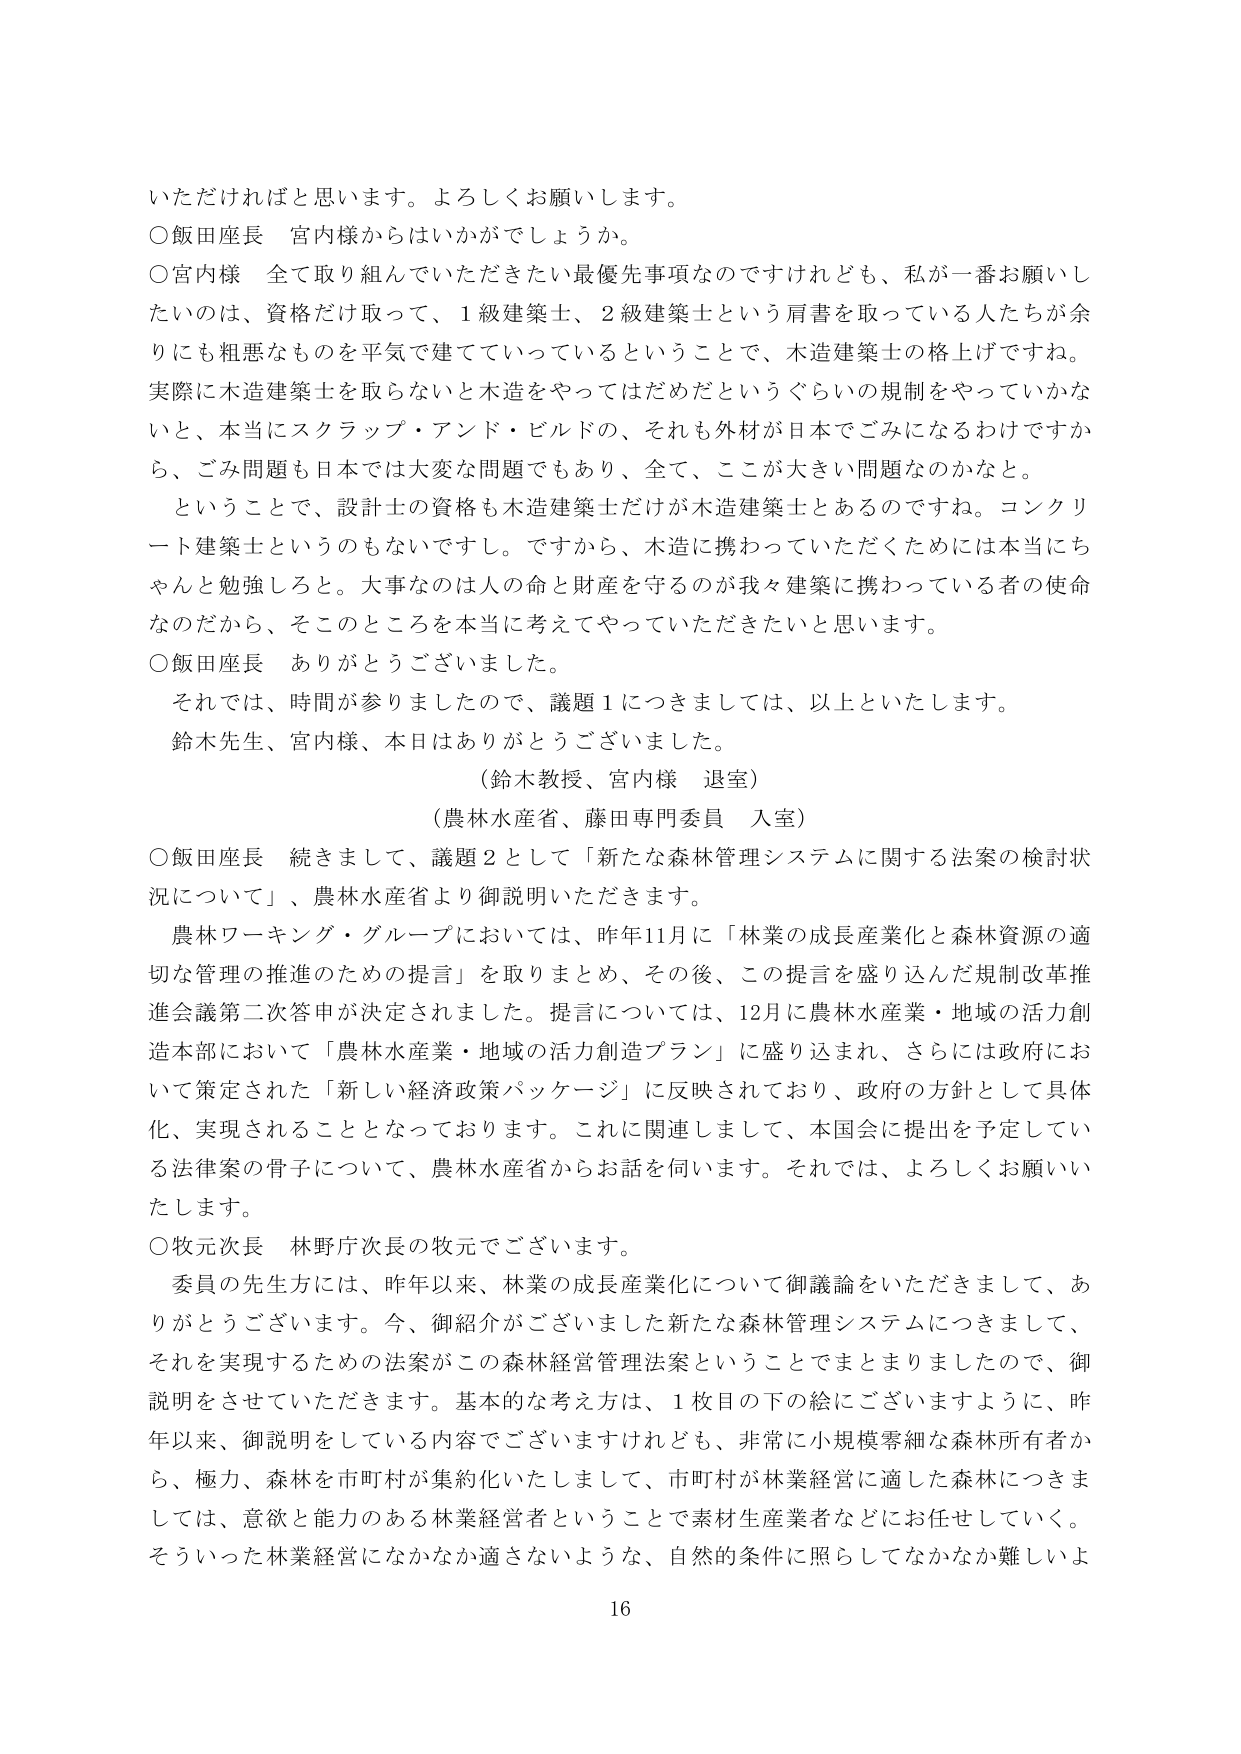
いただければと思います。よろしくお願いします。
○飯田座長　宮内様からはいかがでしょうか。
○宮内様　全て取り組んでいただきたい最優先事項なのですがけれども、私が一番お願いしたいのは、資格だけ取って、1級建築士、2級建築士という肩書を取っている人たちが余りにも粗悪なものを平気で建てていっているということで、木造建築士の格上げですね。実際に木造建築士を取らないと木造をやってはだめだというぐらいの規制をやっていかないと、本当にスクラップ・アンド・ビルドの、それも外材が日本でごみになるわけですから、ごみ問題も日本では大変な問題でもあり、全て、ここが大きい問題なのかなと。
　ということで、設計士の資格も木造建築士だけが木造建築士とあるのですね。コンクリート建築士というのもないですし。ですから、木造に携わっていただくためには本当にちゃんと勉強しろと。大事なのは人の命と財産を守るのが我々建築に携わっている者の使命なのだから、そこのところを本当に考えてやっていただきたいと思います。
○飯田座長　ありがとうございました。
　それでは、時間が参りましたので、議題1につきましては、以上といたします。
　鈴木先生、宮内様、本日はありがとうございました。
　（鈴木教授、宮内様　退室）
　（農林水産省、藤田専門委員　入室）
○飯田座長　続きまして、議題2として「新たな森林管理システムに関する法案の検討状況について」、農林水産省より御説明いただきます。
　農林ワーキング・グループにおいては、昨年11月に「林業の成長産業化と森林資源の適切な管理の推進のための提言」を取りまとめ、その後、この提言を盛り込んだ規制改革推進会議第二次答申が決定されました。提言については、12月に農林水産業・地域の活力創造本部において「農林水産業・地域の活力創造プラン」に盛り込まれ、さらには政府において策定された「新しい経済政策パッケージ」に反映されており、政府の方針として具体化、実現されることとなっております。これに関連しまして、本国会に提出を予定している法律案の骨子について、農林水産省からお話を伺います。それでは、よろしくお願いいたします。
○牧元次長　林野庁次長の牧元でございます。
　委員の先生方には、昨年以来、林業の成長産業化について御議論をいただきまして、ありがとうございます。今、御紹介ございました新たな森林管理システムにつきまして、それを実現するための法案がこの森林経営管理法案ということでまとまりましたので、御説明をさせていただきます。基本的な考え方は、1枚目の下の絵にございますように、昨年以来、御説明をしている内容でございますけれども、非常に小規模零細な森林所有者から、極力、森林を市町村が集約化いたしまして、市町村が林業経営に適した森林につきましては、意欲と能力のある林業経営者ということで素材生産業者などにお任せしていく。そういった林業経営になかなか適さないような、自然的条件に照らしてなかなか難しいよ
16